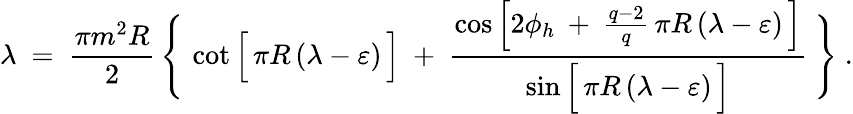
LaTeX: \lambda\ =\ \frac{\pi m^{2}R}{2}\, \Bigg\{ \, \cot\Big[\, \pi R\, (\lambda-\varepsilon)\, \Big]\ +\ \frac{\cos\Big[2\phi_{h}\: +\: \frac{q-2}{q}\, \pi R\, (\lambda-\varepsilon)\, \Big]}{\sin\Big[\, \pi R\, (\lambda-\varepsilon)\, \Big]}\ \Bigg\} \; .